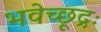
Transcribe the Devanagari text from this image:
भवेच्छूद्रः